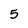
Character: 5